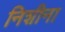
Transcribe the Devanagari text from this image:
निशीना